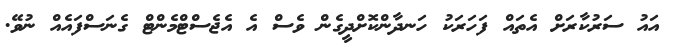
އައު ސަރުކާރަށް އެތައް ފަހަރަކު ހަނދާންކޮށްދީގެން ވެސް އެ އެޖެސްޓްމެންޓް ގެނަސްފައެއް ނުވޭ.